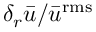
{ \delta _ { r } } \bar { u } / { { \bar { u } } ^ { \mathrm { { r m s } } } }